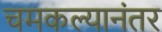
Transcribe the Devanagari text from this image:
चमकल्यानंतर